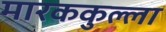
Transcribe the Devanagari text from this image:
मारककुल्ला